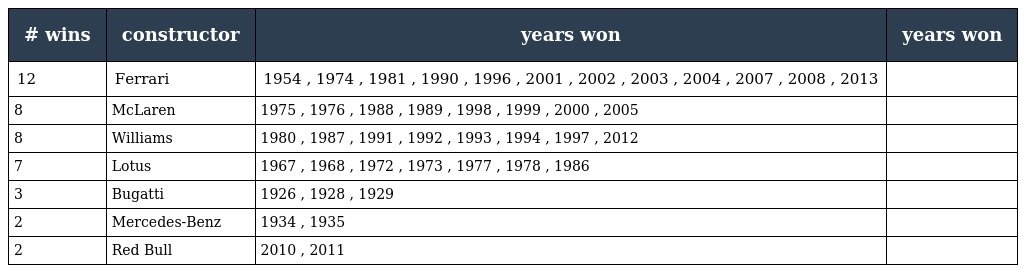
| # wins | constructor | years won | years won |
 | --- | --- | --- | --- |
 | 12 | Ferrari | 1954 , 1974 , 1981 , 1990 , 1996 , 2001 , 2002 , 2003 , 2004 , 2007 , 2008 , 2013 |  |
 | 8 | McLaren | 1975 , 1976 , 1988 , 1989 , 1998 , 1999 , 2000 , 2005 |  |
 | 8 | Williams | 1980 , 1987 , 1991 , 1992 , 1993 , 1994 , 1997 , 2012 |  |
 | 7 | Lotus | 1967 , 1968 , 1972 , 1973 , 1977 , 1978 , 1986 |  |
 | 3 | Bugatti | 1926 , 1928 , 1929 |  |
 | 2 | Mercedes-Benz | 1934 , 1935 |  |
 | 2 | Red Bull | 2010 , 2011 |  |